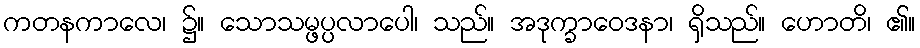
ကတနကာလေ၊ ၌။ သောသမ္ဖပ္ပလာပေါ၊ သည်။ အဒုက္ခာဝေဒနာ၊ ရှိသည်။ ဟောတိ၊ ၏။